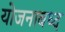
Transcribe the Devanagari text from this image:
योजनाबध्द